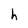
Character: h